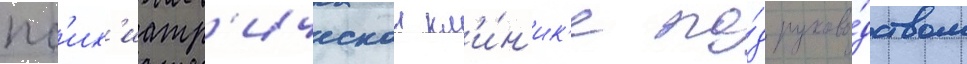
пс'их'иатр'ическои кл'и́н'ик'е по́д руково́дством